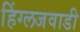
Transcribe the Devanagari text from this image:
हिंग्लजवाडी